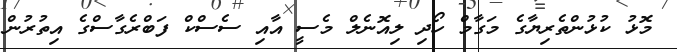
މޮޅު ކުޅުންތެރިޔާގެ މަގާމް ހޯދި ލިއޮނެލް މެސީ އާއި ސެސްކް ފަބްރެގާސްގެ އިތުރުން